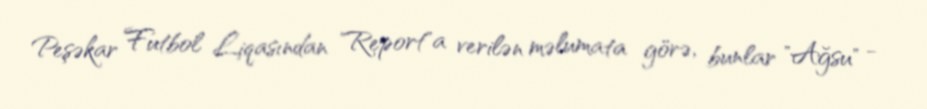
Peşəkar Futbol Liqasından "Report"a verilən məlumata görə, bunlar "Ağsu" -